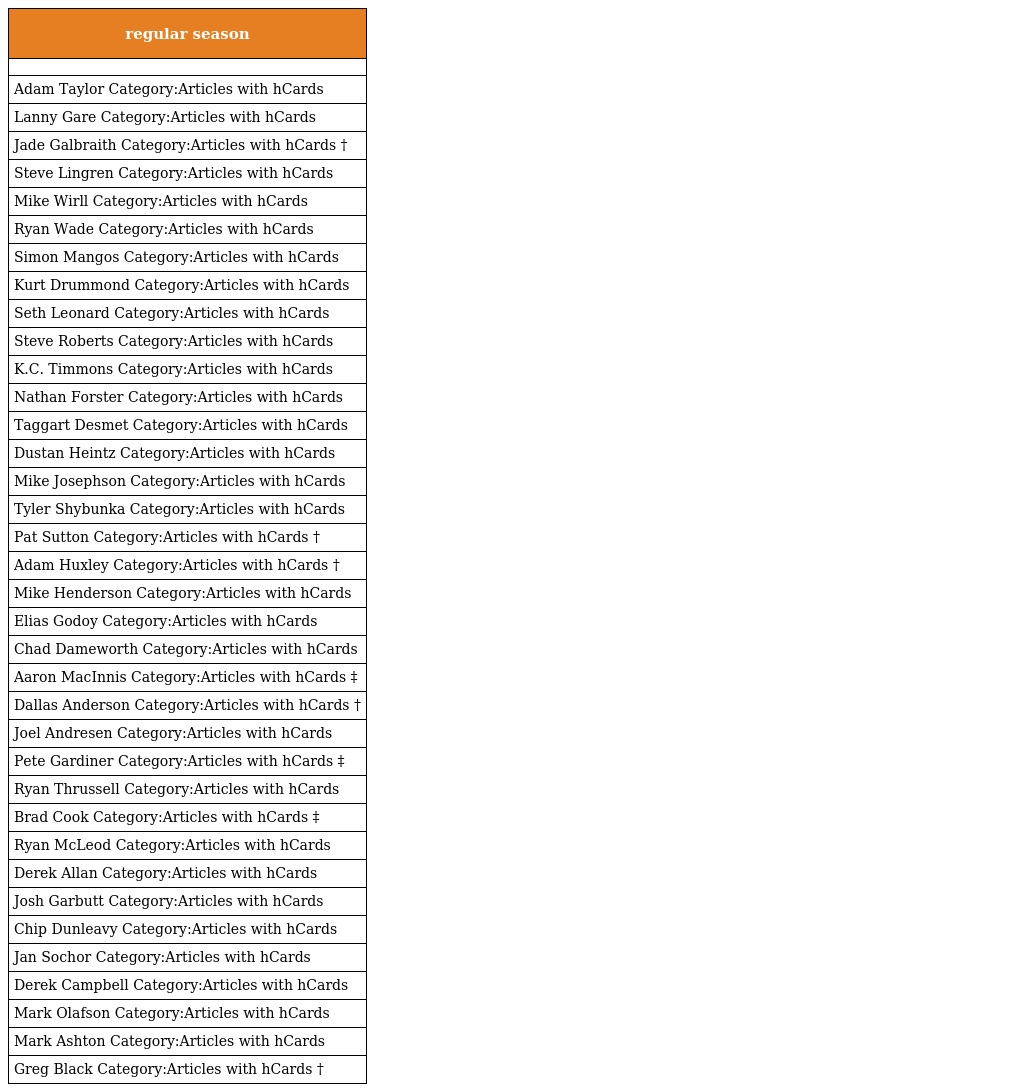
| regular season |
 | --- |
 |  |
 | Adam Taylor Category:Articles with hCards |
 | Lanny Gare Category:Articles with hCards |
 | Jade Galbraith Category:Articles with hCards † |
 | Steve Lingren Category:Articles with hCards |
 | Mike Wirll Category:Articles with hCards |
 | Ryan Wade Category:Articles with hCards |
 | Simon Mangos Category:Articles with hCards |
 | Kurt Drummond Category:Articles with hCards |
 | Seth Leonard Category:Articles with hCards |
 | Steve Roberts Category:Articles with hCards |
 | K.C. Timmons Category:Articles with hCards |
 | Nathan Forster Category:Articles with hCards |
 | Taggart Desmet Category:Articles with hCards |
 | Dustan Heintz Category:Articles with hCards |
 | Mike Josephson Category:Articles with hCards |
 | Tyler Shybunka Category:Articles with hCards |
 | Pat Sutton Category:Articles with hCards † |
 | Adam Huxley Category:Articles with hCards † |
 | Mike Henderson Category:Articles with hCards |
 | Elias Godoy Category:Articles with hCards |
 | Chad Dameworth Category:Articles with hCards |
 | Aaron MacInnis Category:Articles with hCards ‡ |
 | Dallas Anderson Category:Articles with hCards † |
 | Joel Andresen Category:Articles with hCards |
 | Pete Gardiner Category:Articles with hCards ‡ |
 | Ryan Thrussell Category:Articles with hCards |
 | Brad Cook Category:Articles with hCards ‡ |
 | Ryan McLeod Category:Articles with hCards |
 | Derek Allan Category:Articles with hCards |
 | Josh Garbutt Category:Articles with hCards |
 | Chip Dunleavy Category:Articles with hCards |
 | Jan Sochor Category:Articles with hCards |
 | Derek Campbell Category:Articles with hCards |
 | Mark Olafson Category:Articles with hCards |
 | Mark Ashton Category:Articles with hCards |
 | Greg Black Category:Articles with hCards † |